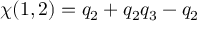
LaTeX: \chi ( 1 , 2 ) = q _ { 2 } + q _ { 2 } q _ { 3 } - q _ { 2 }